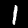
Digit: 1